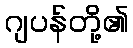
ဂျပန်တို့၏